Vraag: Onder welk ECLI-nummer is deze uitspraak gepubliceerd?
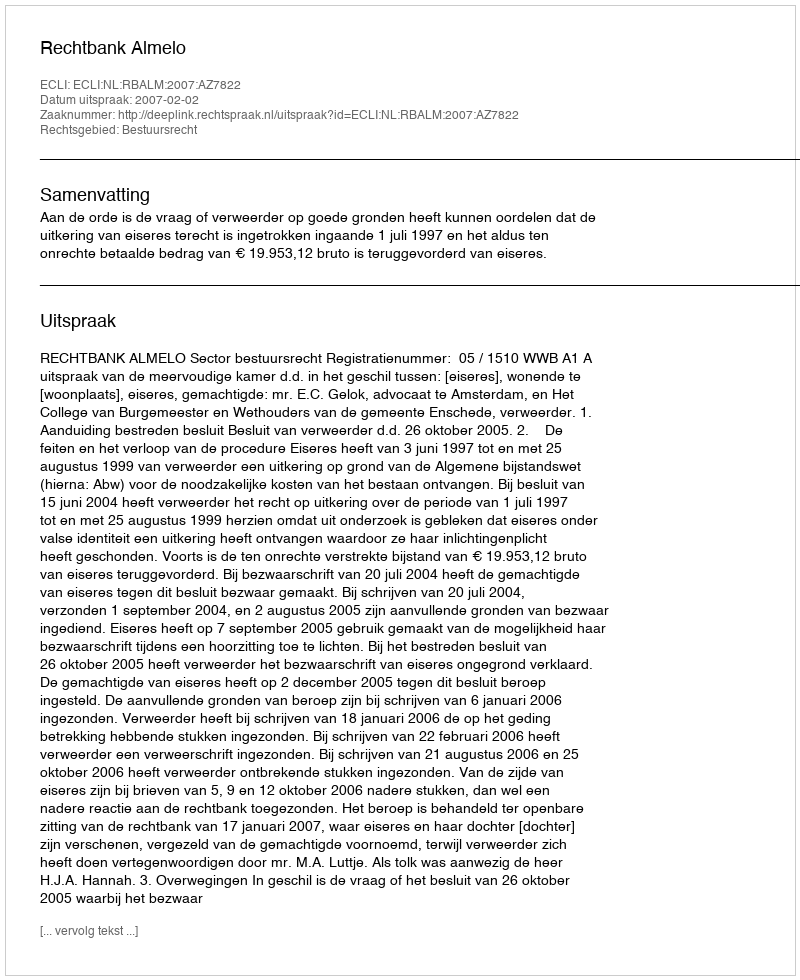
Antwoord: ECLI:NL:RBALM:2007:AZ7822